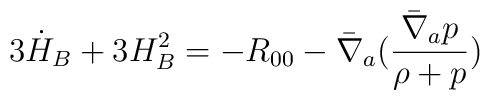
3\dot H_B+ 3H_B^2 =-R_{00} -\bar \nabla_a(\frac{\bar \nabla_a p}{\rho+p})